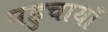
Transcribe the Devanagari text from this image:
पहुचायाँ